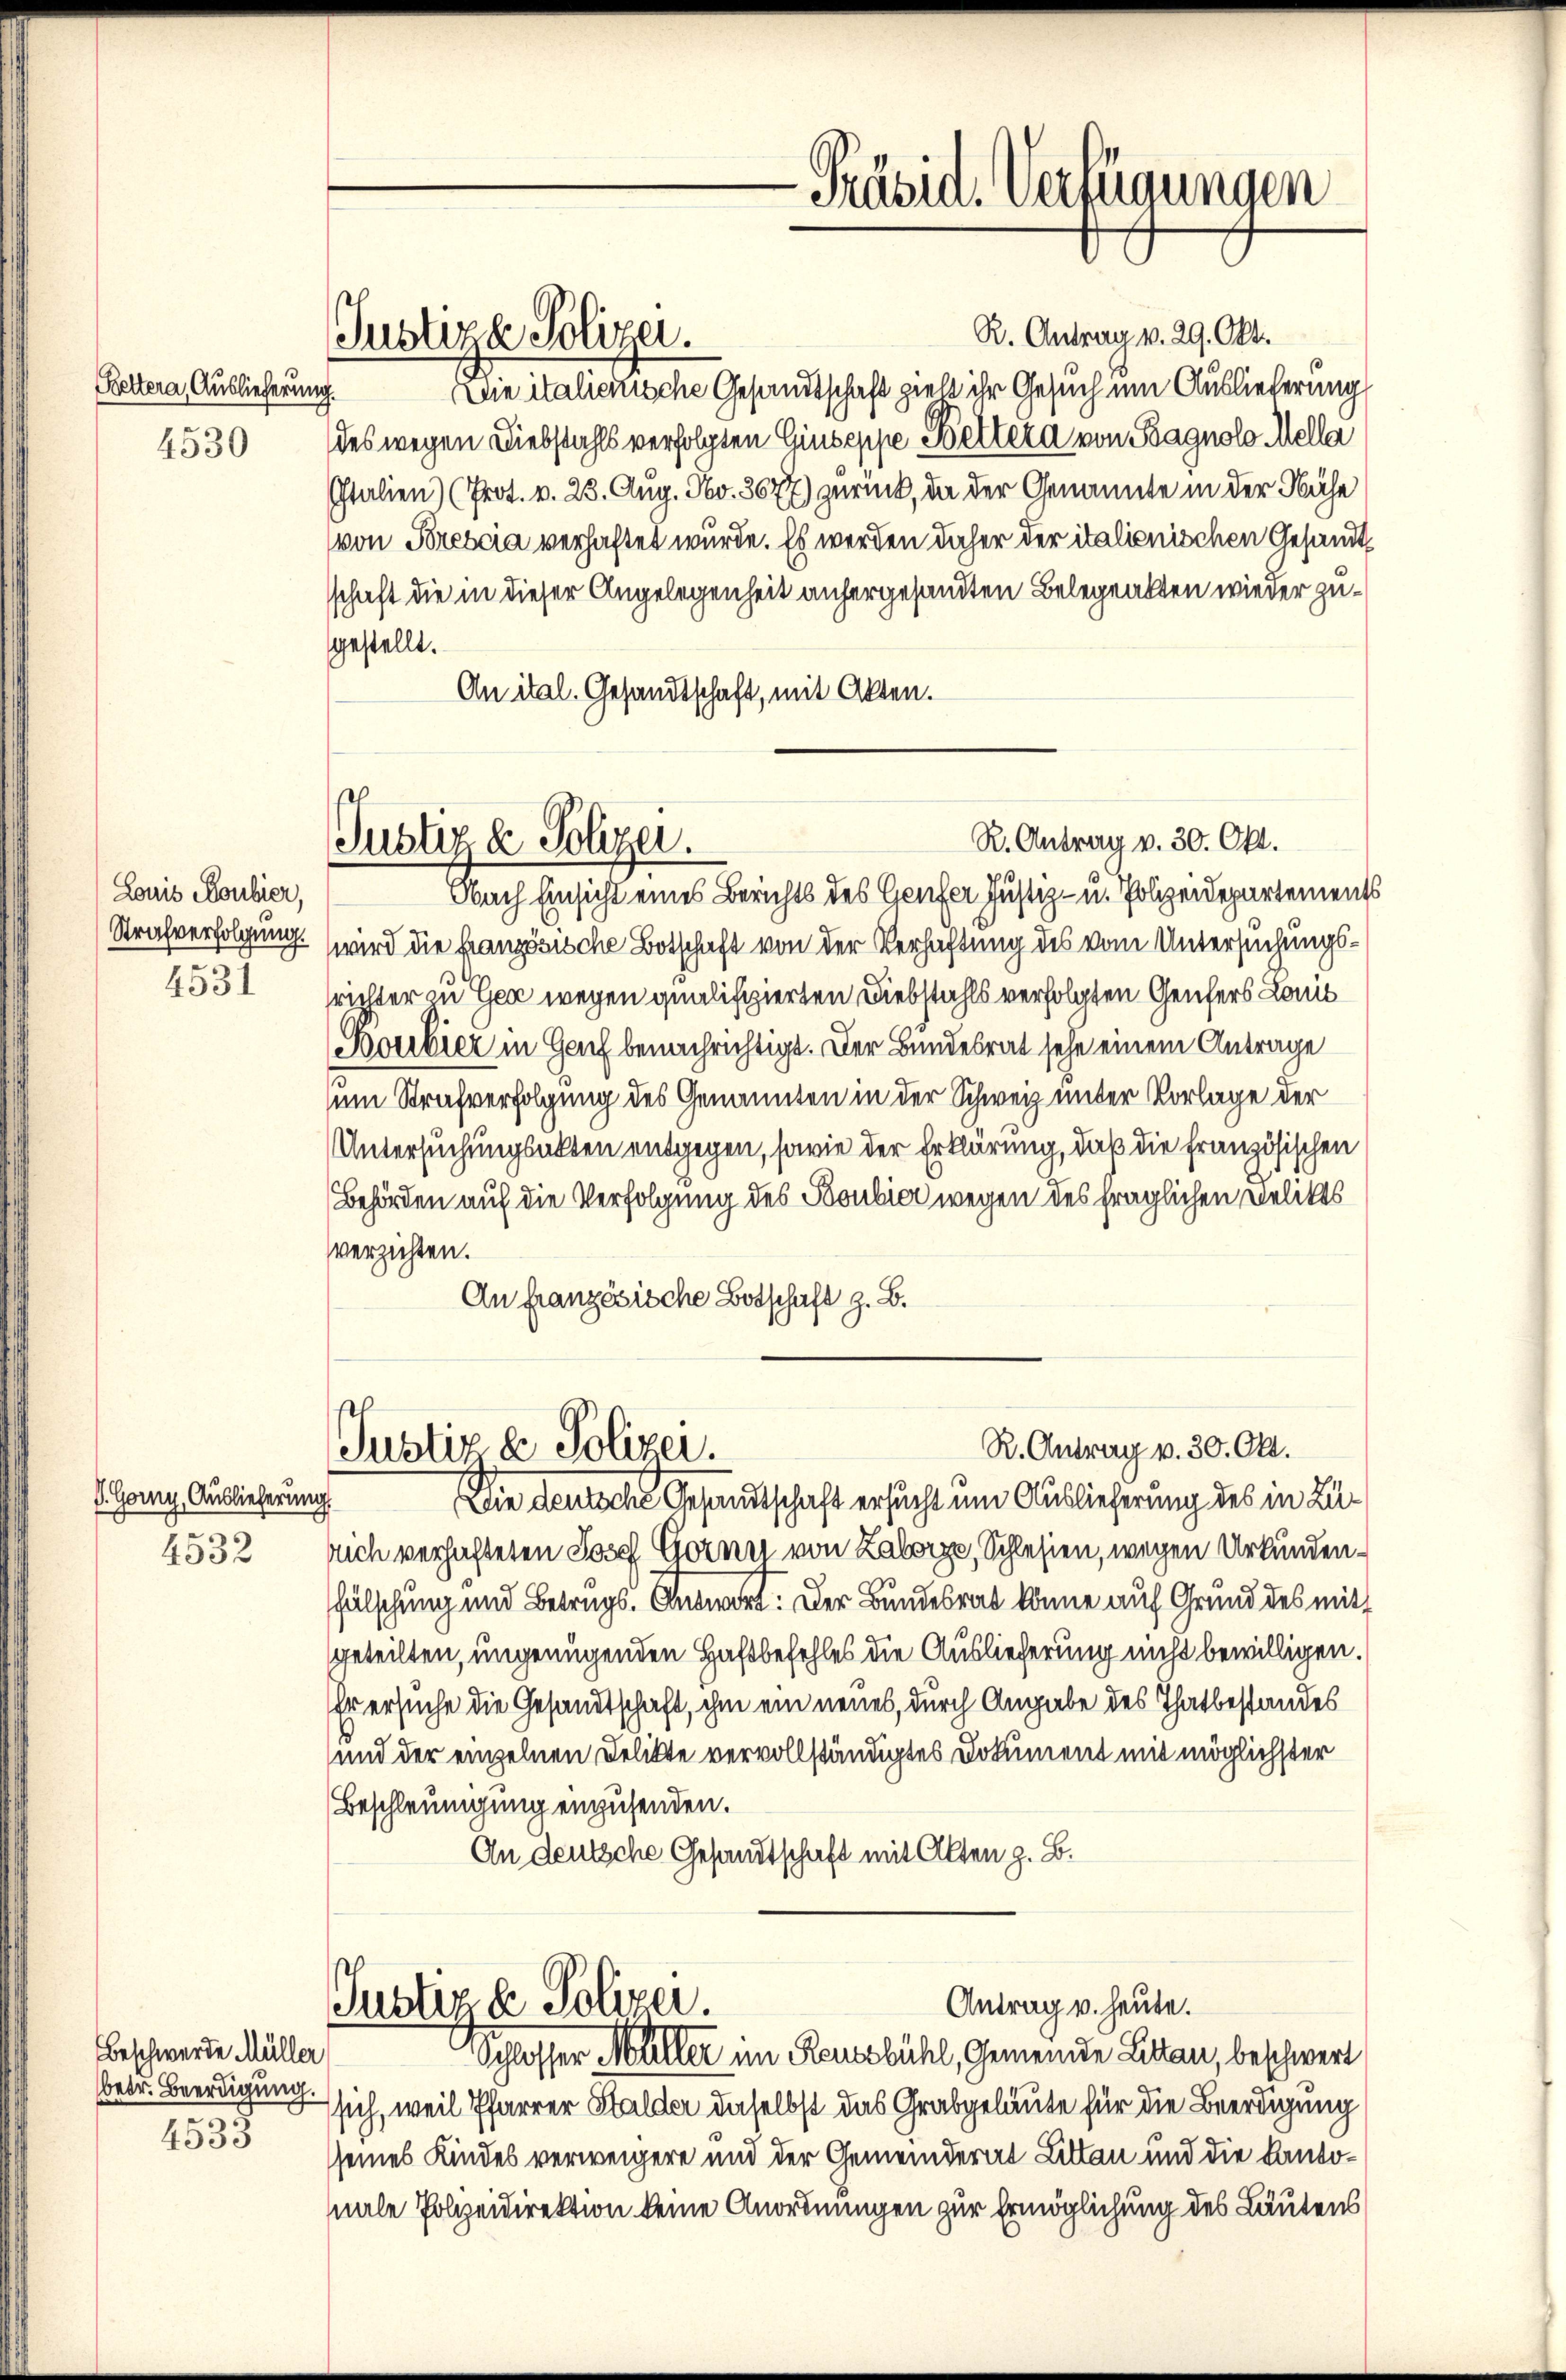
Kettera, Auslieferung.
4530

Louis Boubier,
Strafverfolgung.
4531

V. Gory, Auslieferung

R. Antrag v. 29. Okt.
Die italienische Gesandtschaft zielt ihr Gesuch um Auslieferung
des wegen Diebstahls verfolgten Giuseppe Bettera von Bagnolo Mella
Italien) (Prot. v. 23. Aug. No. 3677) zurück, da der Genannte in der Nähe
(von Brescia verhaftet wurde. Es werden daher der italienischen Gesandtschaft die in dieser Angelegenheit anhergesandten Belegeakten wieder zugestellt.
An ital. Gesandtschaft, mit Akten.

Beschwerde Müller
4533

Justiza Polizei.

Nach Einsicht eines Berichts des Genfer Justiz- u. Polizeidepartement
wird die französische Botschaft von der Verhaftung des vom Untersuchungsrichter zu Gea wegen qualifizierten Diebstahls verfolgten Genfers Louis
outier in Genf benachrichtigt. Der Bundesrat sehe einem Antrage
um Strafverfolgung des Genannten in der Schweiz unter Vorlage der
Untersuchungsakten entgegen, sowie der Erklärung, daß die französischen
Behörden auf die Verfolgung des Boubici wegen des fraglichen Delikts
verzichten.
An französische Botschaft z. B.

Justiz & Polizer.

R. Antrag v. 30. Okt.
Justiz & Polizei.

Justiz & Polizei.

Präsid. Verfügungen

R. Antrag v. 30. Okt.

Antrag u. heute.
Schlosser Müller im Reuesbühl, Gemeinde Litten, beschwert

Die deutsche Gesandtschaft ersucht um Auslieferung des in Lu¬
4532 sich verhafteten Josef Gornn von Laborze, Schlesien, wegen Urkundenfälschung und Betrags. Antwort: Der Bundesrat könne auf Grund des mit
geteilten, ungenügenden Haftbefehles die Auslieferung nicht bewilligen.
Er ersuche die Gesandtschaft, ihm ein neues, durch Angabe des Thatbestandes
und der einzelnen Delikte vervollständigtes Dokument mit möglichster
Beschleunigung einzusenden.
An deutsche Gesandtschaft mit Alten z. B.

betr. Beerdigung sich, weil Pfarrer Halder daselbst das Grabgelaute für die Beerdigung
seines Kindes verweigere und der Gemeinderat Litten und die Kantonale Polizeidirektion keine Anordnungen zur Ermöglichung des Lautens